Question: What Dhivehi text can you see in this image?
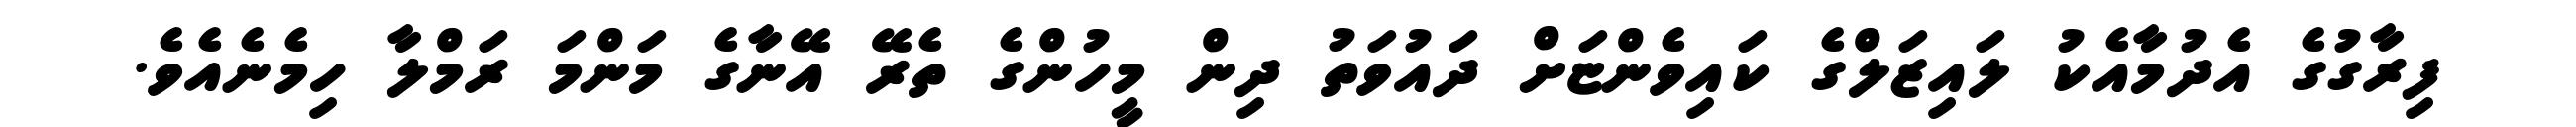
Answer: ފިރާގުގެ އެދުމާއެކު ލައިޒަލްގެ ކައިވެންޏަށް ދައުވަތު ދިން މީހުންގެ ތެރޭ އޭނާގެ މަންމަ ރަމްލާ ހިމެނެއެވެ.